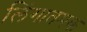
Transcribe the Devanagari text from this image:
लिंगातमक